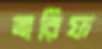
তারিফ